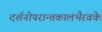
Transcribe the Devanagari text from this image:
दर्शनोपरान्तकालभैरवके